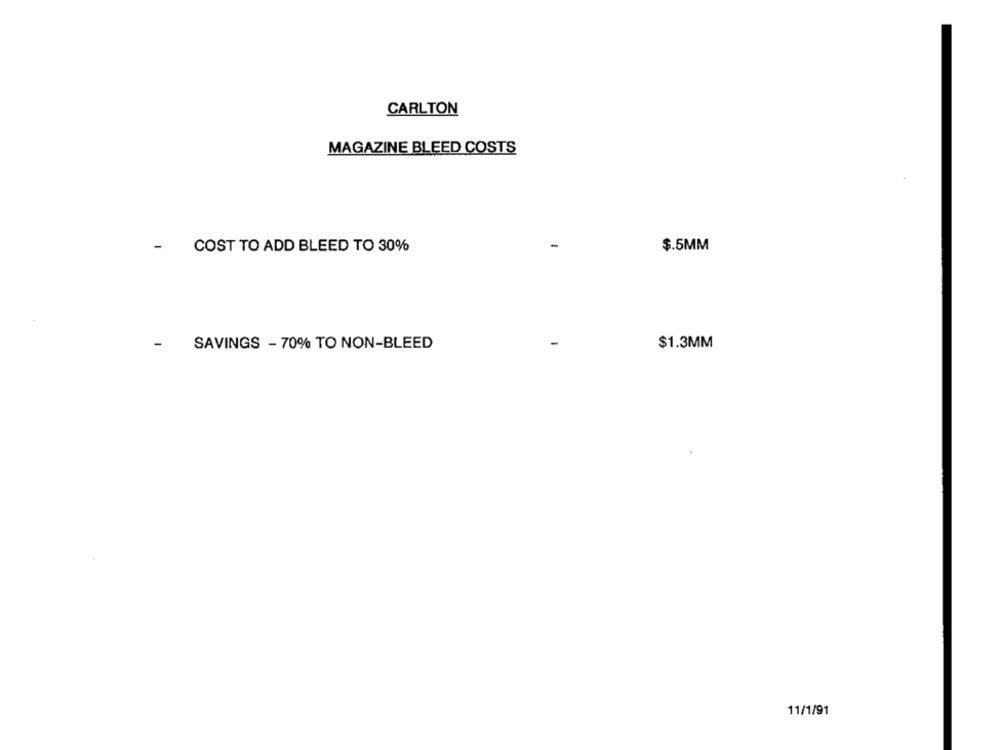
CARLTON
MAGAZINE BLEED COSTS
-
$.5MM
COST TO ADD BLEED TO 30%
-
SAVINGS - 70% TO NON-BLEED
$1.3MM
11/1/91